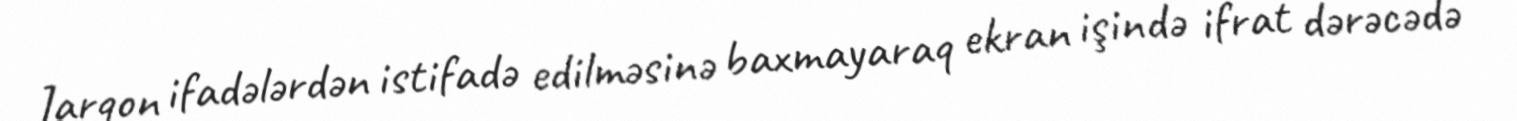
Jarqon ifadələrdən istifadə edilməsinə baxmayaraq ekran işində ifrat dərəcədə